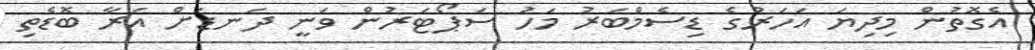
އެގޮތުން މިދިޔަ އަހަރުގެ ޑިސެމްބަރު މަހު ސަޕޯޓަރުން ވަނީ ދަނޑަށް އަރާ ބޮޑެތި